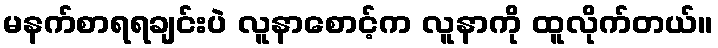
မနက်စာရရချင်းပဲ လူနာစောင့်က လူနာကို ထူလိုက်တယ်။